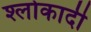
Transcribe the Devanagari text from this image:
श्लोकादी